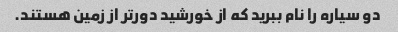
دو سیاره را نام ببرید که از خورشید دورتر از زمین هستند.